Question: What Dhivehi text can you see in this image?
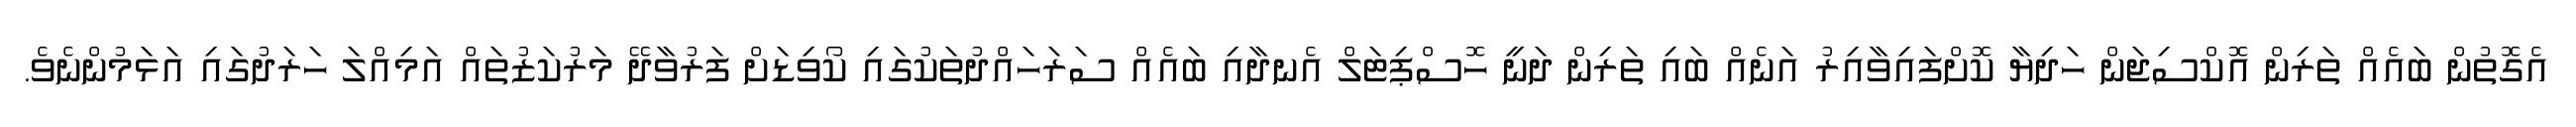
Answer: އެގޮތުން ބައެއް ތަރިން އޮކްސިޖަން ހަދިޔާ ކޮށްފައިވާއިރު އަނެއް ބައި ތަރިން ދަނީ ހޮސްޕިޓަލް އެނދާއި ބައެއް ސަރަހައްދުތަކުގައި ކޯވިޑަށް ފަރުވާދޭ މަރުކަޒުތައް އަމިއްލަ ހަރަދުގައި އަޅަމުންނެވެ.